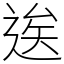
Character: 逘